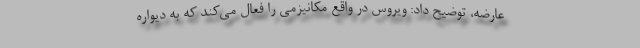
عارضه، توضیح داد: ویروس در واقع مکانیزمی را فعال می‌کند که به دیواره